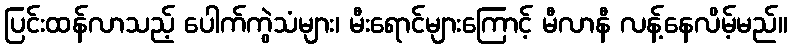
ပြင်းထန်လာသည့် ပေါက်ကွဲသံများ၊ မီးရောင်များကြောင့် မီလာနီ လန့်နေလိမ့်မည်။